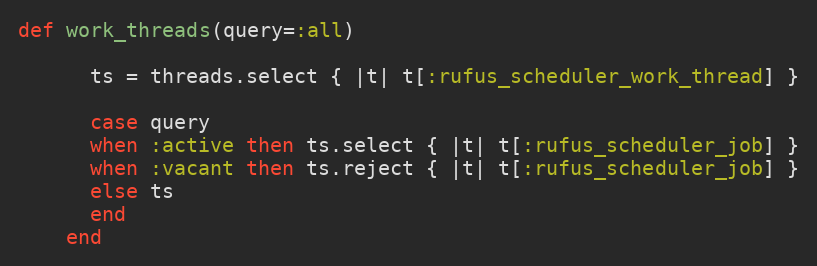
Language: Ruby
def work_threads(query=:all)

      ts = threads.select { |t| t[:rufus_scheduler_work_thread] }

      case query
      when :active then ts.select { |t| t[:rufus_scheduler_job] }
      when :vacant then ts.reject { |t| t[:rufus_scheduler_job] }
      else ts
      end
    end